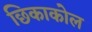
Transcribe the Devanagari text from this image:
छिकाकोल